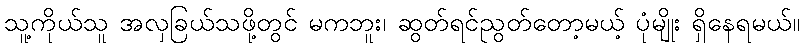
သူ့ကိုယ်သူ အလှခြယ်သဖို့တွင် မကဘူး၊ ဆွတ်ရင်ညွတ်တော့မယ့် ပုံမျိုး ရှိနေရမယ်။